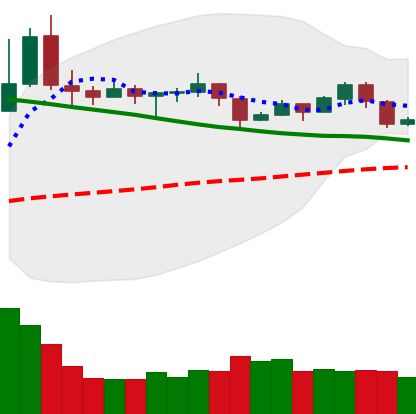
Ticker: TRX-USD
Chart end date: 2019-11-16
Forward return: -17.942%
Label: down_7plus